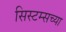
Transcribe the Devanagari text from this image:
सिस्टम्सच्या